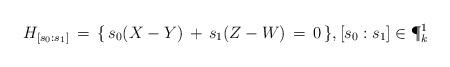
LaTeX: \begin{align*} H_{[s_0:s_1]} \,=\, \{\, s_0 (X-Y) \,+\, s_1 (Z-W) \,=\, 0 \,\}, [s_0:s_1]\in\P^1_k\end{align*}